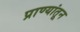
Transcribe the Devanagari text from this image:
प्राण्यांतून